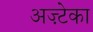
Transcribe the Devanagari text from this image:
अज़्टेका